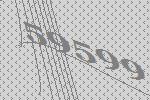
59599